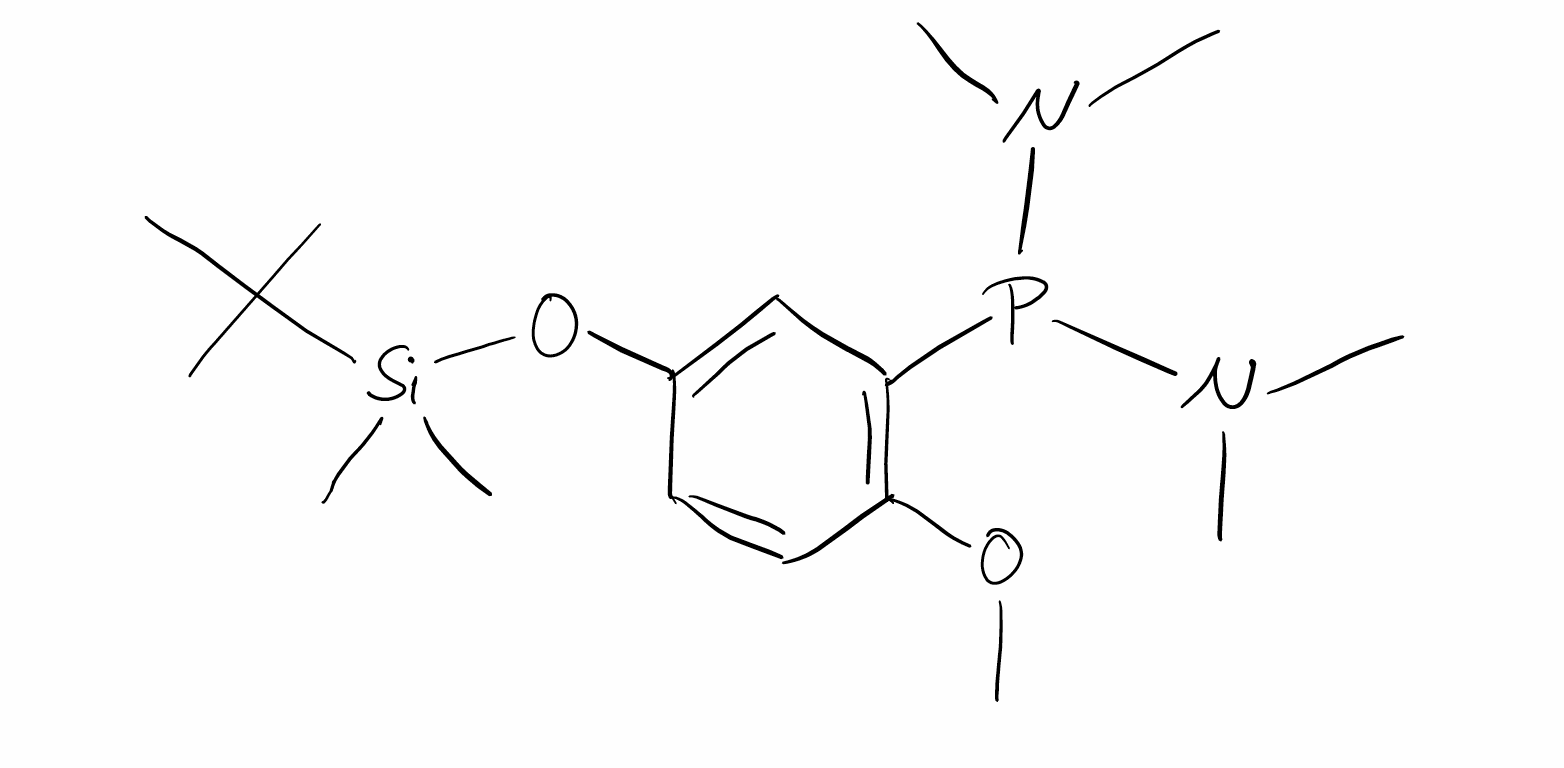
Simplified molecular-input line-entry system (SMILES) notation of the given molecule:
CC(C)(C)[Si](C)(C)OC1=CC(=C(C=C1)OC)P(N(C)C)N(C)C